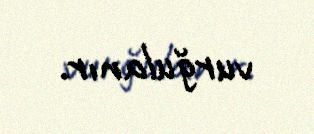
vurğulanır.